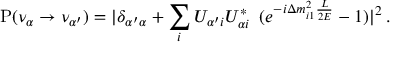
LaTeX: { \mathrm P } ( \nu _ { \alpha } \to \nu _ { \alpha ^ { \prime } } ) = | \delta _ { { \alpha ^ { \prime } } \alpha } + \sum _ { i } U _ { \alpha ^ { \prime } i } U _ { \alpha i } ^ { * } \, ~ ( e ^ { - i \Delta m _ { i 1 } ^ { 2 } \frac { L } { 2 E } } - 1 ) | ^ { 2 } \, .